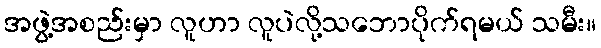
အဖွဲ့အစည်းမှာ လူဟာ လူပဲလို့သဘောပိုက်ရမယ် သမီး။